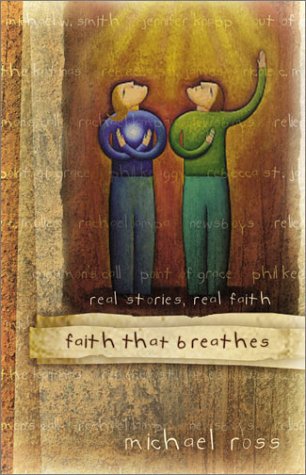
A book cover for Faith That Breathes: Real Stories, Real Faith; Michael Ross; Teen & Young Adult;